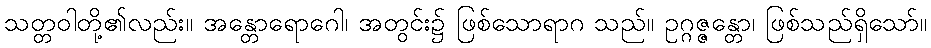
သတ္တဝါတို့၏လည်း။ အန္တောရောဂေါ၊ အတွင်း၌ ဖြစ်သောရာဂ သည်။ ဥဂ္ဂဇ္ဇန္တော၊ ဖြစ်သည်ရှိသော်။